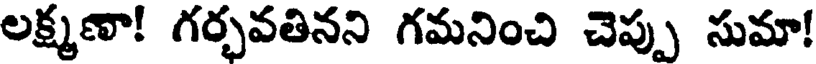
లక్ష్మణా! గర్భవతినని గమనించి చెప్పు సుమా!